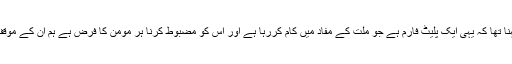
اس موقع پر شرکاء کا کہنا تھا کہ یہی ایک پلیٹ فارم ہے جو ملت کے مفاد میں کام کررہا ہے اور اس کو مضبوط کرنا ہر مومن کا فرض ہے ہم ان کے موقف کی حمایت کرتے ہیں۔